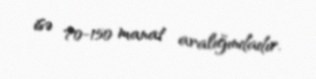
isə 70-150 manat aralığındadır.